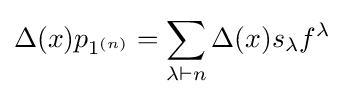
\Delta (x)p_{1^{(n)}}=\sum _{\lambda \vdash n}\Delta (x)s_{\lambda }f^{\lambda }